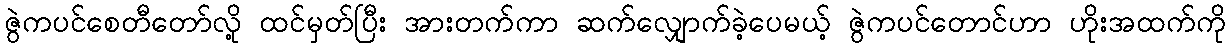
ဇွဲကပင်စေတီတော်လို့ ထင်မှတ်ပြီး အားတက်ကာ ဆက်လျှောက်ခဲ့ပေမယ့် ဇွဲကပင်တောင်ဟာ ဟိုးအထက်ကို